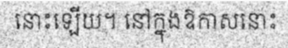
នោះឡើយ។ នៅក្នុងឱកាសនោះ